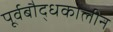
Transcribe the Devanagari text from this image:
पूर्वबौद्धकालीन